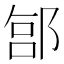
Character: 𬪊